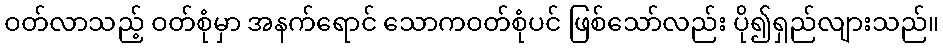
ဝတ်လာသည့် ဝတ်စုံမှာ အနက်ရောင် သောကဝတ်စုံပင် ဖြစ်သော်လည်း ပို၍ရှည်လျားသည်။